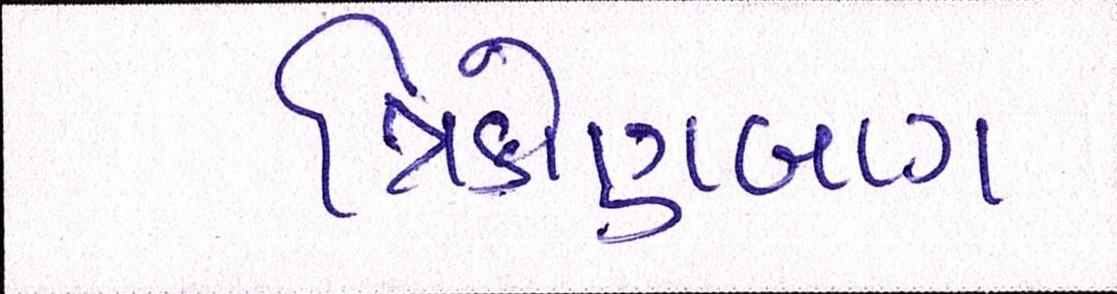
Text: ત્રિકોણબાગ